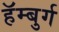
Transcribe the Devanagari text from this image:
हॅम्बुर्ग